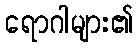
ရောဂါများ၏